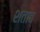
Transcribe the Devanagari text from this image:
शताब्